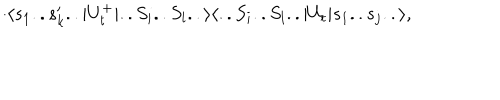
\cdot \langle s _ { 1 } . . s _ { k } ^ { \prime } . . | U _ { t } ^ { + } | . . S _ { i } . . S _ { l } . . \rangle \langle . . S _ { i } . . S _ { l } . . | U _ { t } | s _ { 1 } . . s _ { j } . . \rangle ,